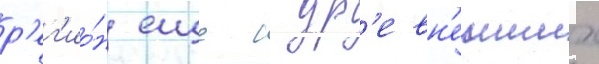
р'ег'ио́н еще с др'евн'еиших